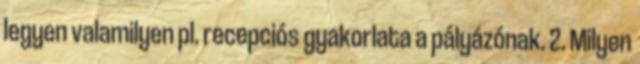
legyen valamilyen pl. recepciós gyakorlata a pályázónak. 2. Milyen